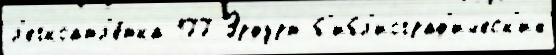
л'егкоатл'е́тка 177 Эрфурт б'ибл'иограф'ическ'их